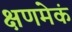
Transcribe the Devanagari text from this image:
क्षणमेकं